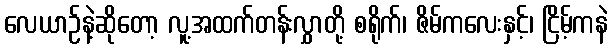
လေယာဉ်နဲ့ဆိုတော့ လူ့အထက်တန်းလွှာတို့ စရိုက်၊ ဇိမ်ကလေးနှင့်၊ ငြိမ့်ကနဲ